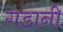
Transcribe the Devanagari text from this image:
गडानी